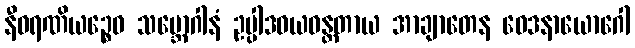
နီဝရဏိယဉ္စေဝ သမ္ဘောဂါနံ ဥပ္ပါဒဝယဝန္တတာယ အာချာတေန ဝေဒနာယောဂေါ